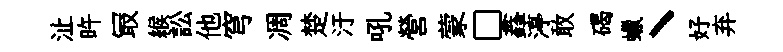
沚旿冣緱訟他穹凋楚汙吼營蒙□鑫渟敢碣蠟丶好弃